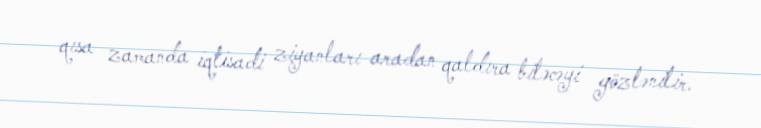
qısa zamanda iqtisadi ziyanları aradan qaldıra biləcəyi gözlənilir.